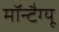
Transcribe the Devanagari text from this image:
मॉन्टैग्यू